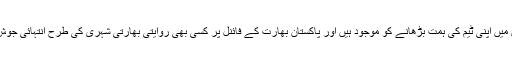
رشی کپور ان دنوں انگلستان میں اپنی ٹیم کی ہمت بڑھانے کو موجود ہیں اور پاکستان بھارت کے فائنل پر کسی بھی روایتی بھارتی شہری کی طرح انتہائی جوش میں دکھائی دے رہے ہیں۔